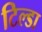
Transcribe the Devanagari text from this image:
टिल्डा